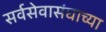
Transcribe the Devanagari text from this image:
सर्वसेवासंघाच्या